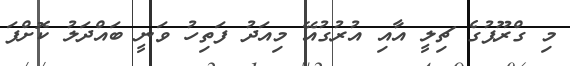
މި ގްރޫޕުގެ ޗިލީ އާއި އުރުގުއޭ މިއަދު ފަތިހު ވަނީ ބައްދަލު ކޮށްފަ